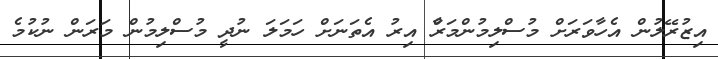
އިޒުރޭލުން އެހާވަރަަށް މުސްލިމުންމަރާް އިރު އެތަނަށް ހަމަލަ ނުދީ މުސްލިމުން މަރަން ނުކުމެ